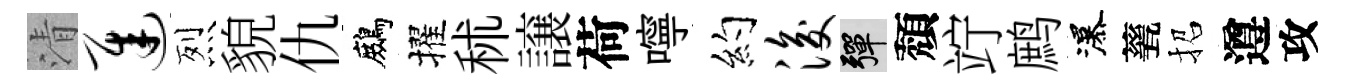
清迟烈貌仇鷓擢秫譲荷嚀约浚彈頽竚鹧瀑甆招遵攻